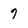
Character: 7